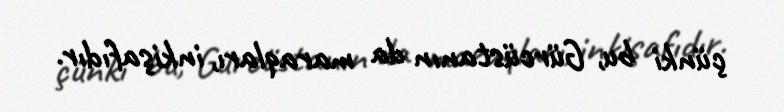
çünki bu, Gürcüstanın da maraqları, inkişafıdır.